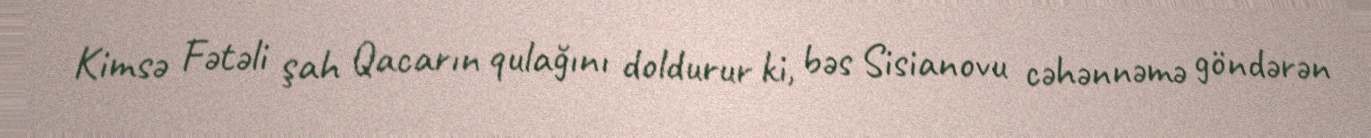
Kimsə Fətəli şah Qacarın qulağını doldurur ki, bəs Sisianovu cəhənnəmə göndərən